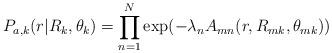
LaTeX: \begin{align*}P_{a,k}(r|R_k,\theta_k)=\prod\limits_{n=1}^N\exp(-\lambda_n A_{mn}(r,R_{mk},\theta_{mk}))\end{align*}